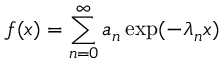
f ( x ) = \sum _ { n = 0 } ^ { \infty } a _ { n } \exp ( - \lambda _ { n } x )